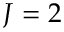
J = 2